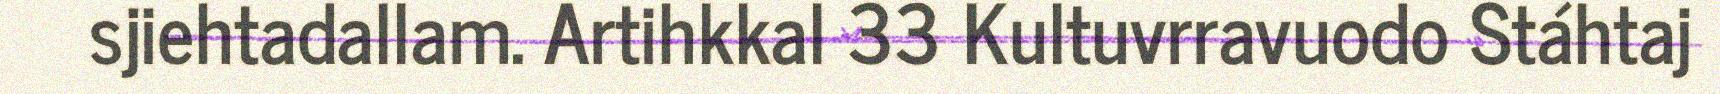
sjiehtadallam. Artihkkal 33 Kultuvrravuodo Stáhtaj